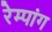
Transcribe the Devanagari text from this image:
रेम्पांग